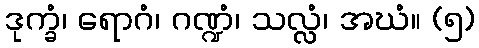
ဒုက္ခံ၊ ရောဂံ၊ ဂဏ္ဍံ၊ သလ္လံ၊ အဃံ။ (၅)